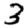
Digit: 3